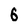
Character: 6